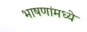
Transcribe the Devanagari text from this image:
भाषणांमध्ये